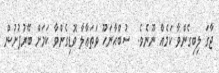
ޖާގަ ލިބިގެންވާ ކަމެއް ނޫނެވެ.  ސުބްޙާނަހޫ ވަތަޢާލާ ވޮޑިގެންވާ ކަމަށް ބޭރުފުށުން